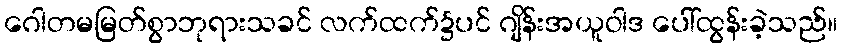
ဂေါတမမြတ်စွာဘုရားသခင် လက်ထက်၌ပင် ဂျိန်းအယူဝါဒ ပေါ်ထွန်းခဲ့သည်။